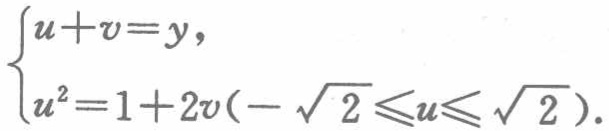
$\begin{cases}

u + v = y,\\

u^{2}=1 + 2v(-\sqrt{2}\leqslant u\leqslant\sqrt{2}).

\end{cases}$